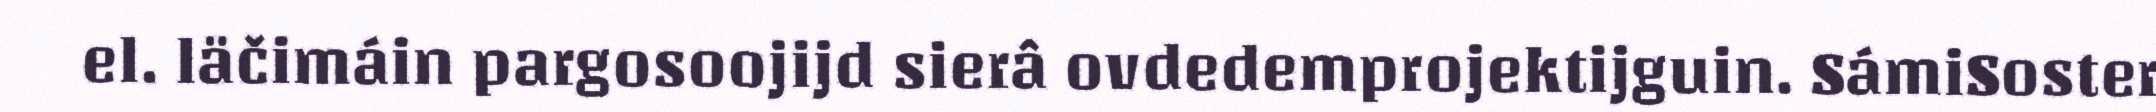
el. läčimáin pargosoojijd sierâ ovdedemprojektijguin. SámiSoster